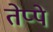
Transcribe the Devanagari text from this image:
तेप्पे